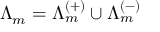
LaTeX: \Lambda _ { m } = \Lambda _ { m } ^ { ( + ) } \cup \Lambda _ { m } ^ { ( - ) }